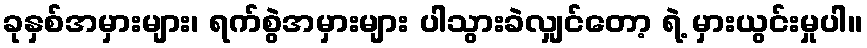
ခုနှစ်အမှားများ၊ ရက်စွဲအမှားများ ပါသွားခဲလျှင်တော့ ရဲ့ မှားယွင်းမှုပါ။